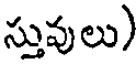
స్తువులు)